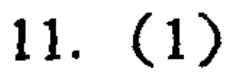
11. (1)